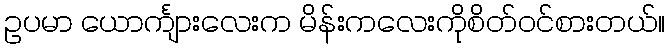
ဥပမာ ယောင်္ကျားလေးက မိန်းကလေးကိုစိတ်၀င်စားတယ်။